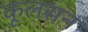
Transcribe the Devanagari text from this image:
कूलसन